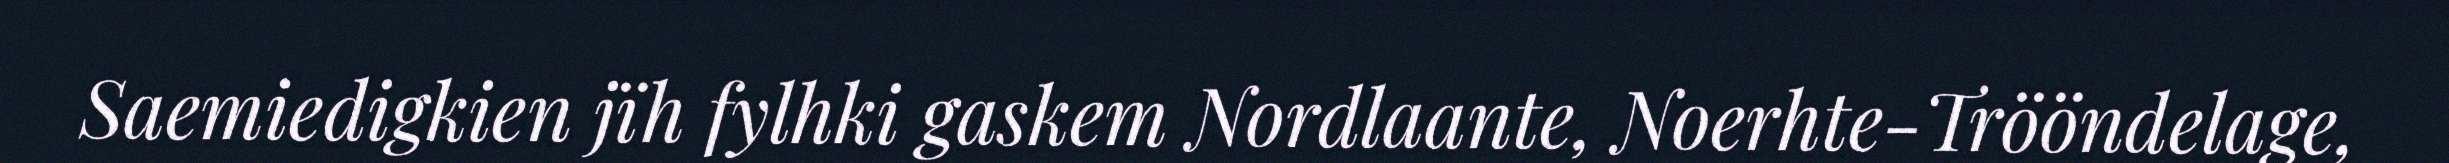
Saemiedigkien jïh fylhki gaskem Nordlaante, Noerhte-Trööndelage,